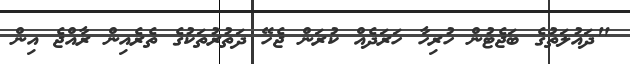
"ދައުލަތުގެ ބަޖެޓުން ހުރިހާ ހަރަދެއް ކުރަން ޖެހޭ ދަތުރުތަކުގެ ތެރެއިން ރާއްޖެ އިން